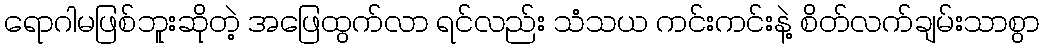
ရောဂါမဖြစ်ဘူးဆိုတဲ့ အဖြေထွက်လာ ရင်လည်း သံသယ ကင်းကင်းနဲ့ စိတ်လက်ချမ်းသာစွာ